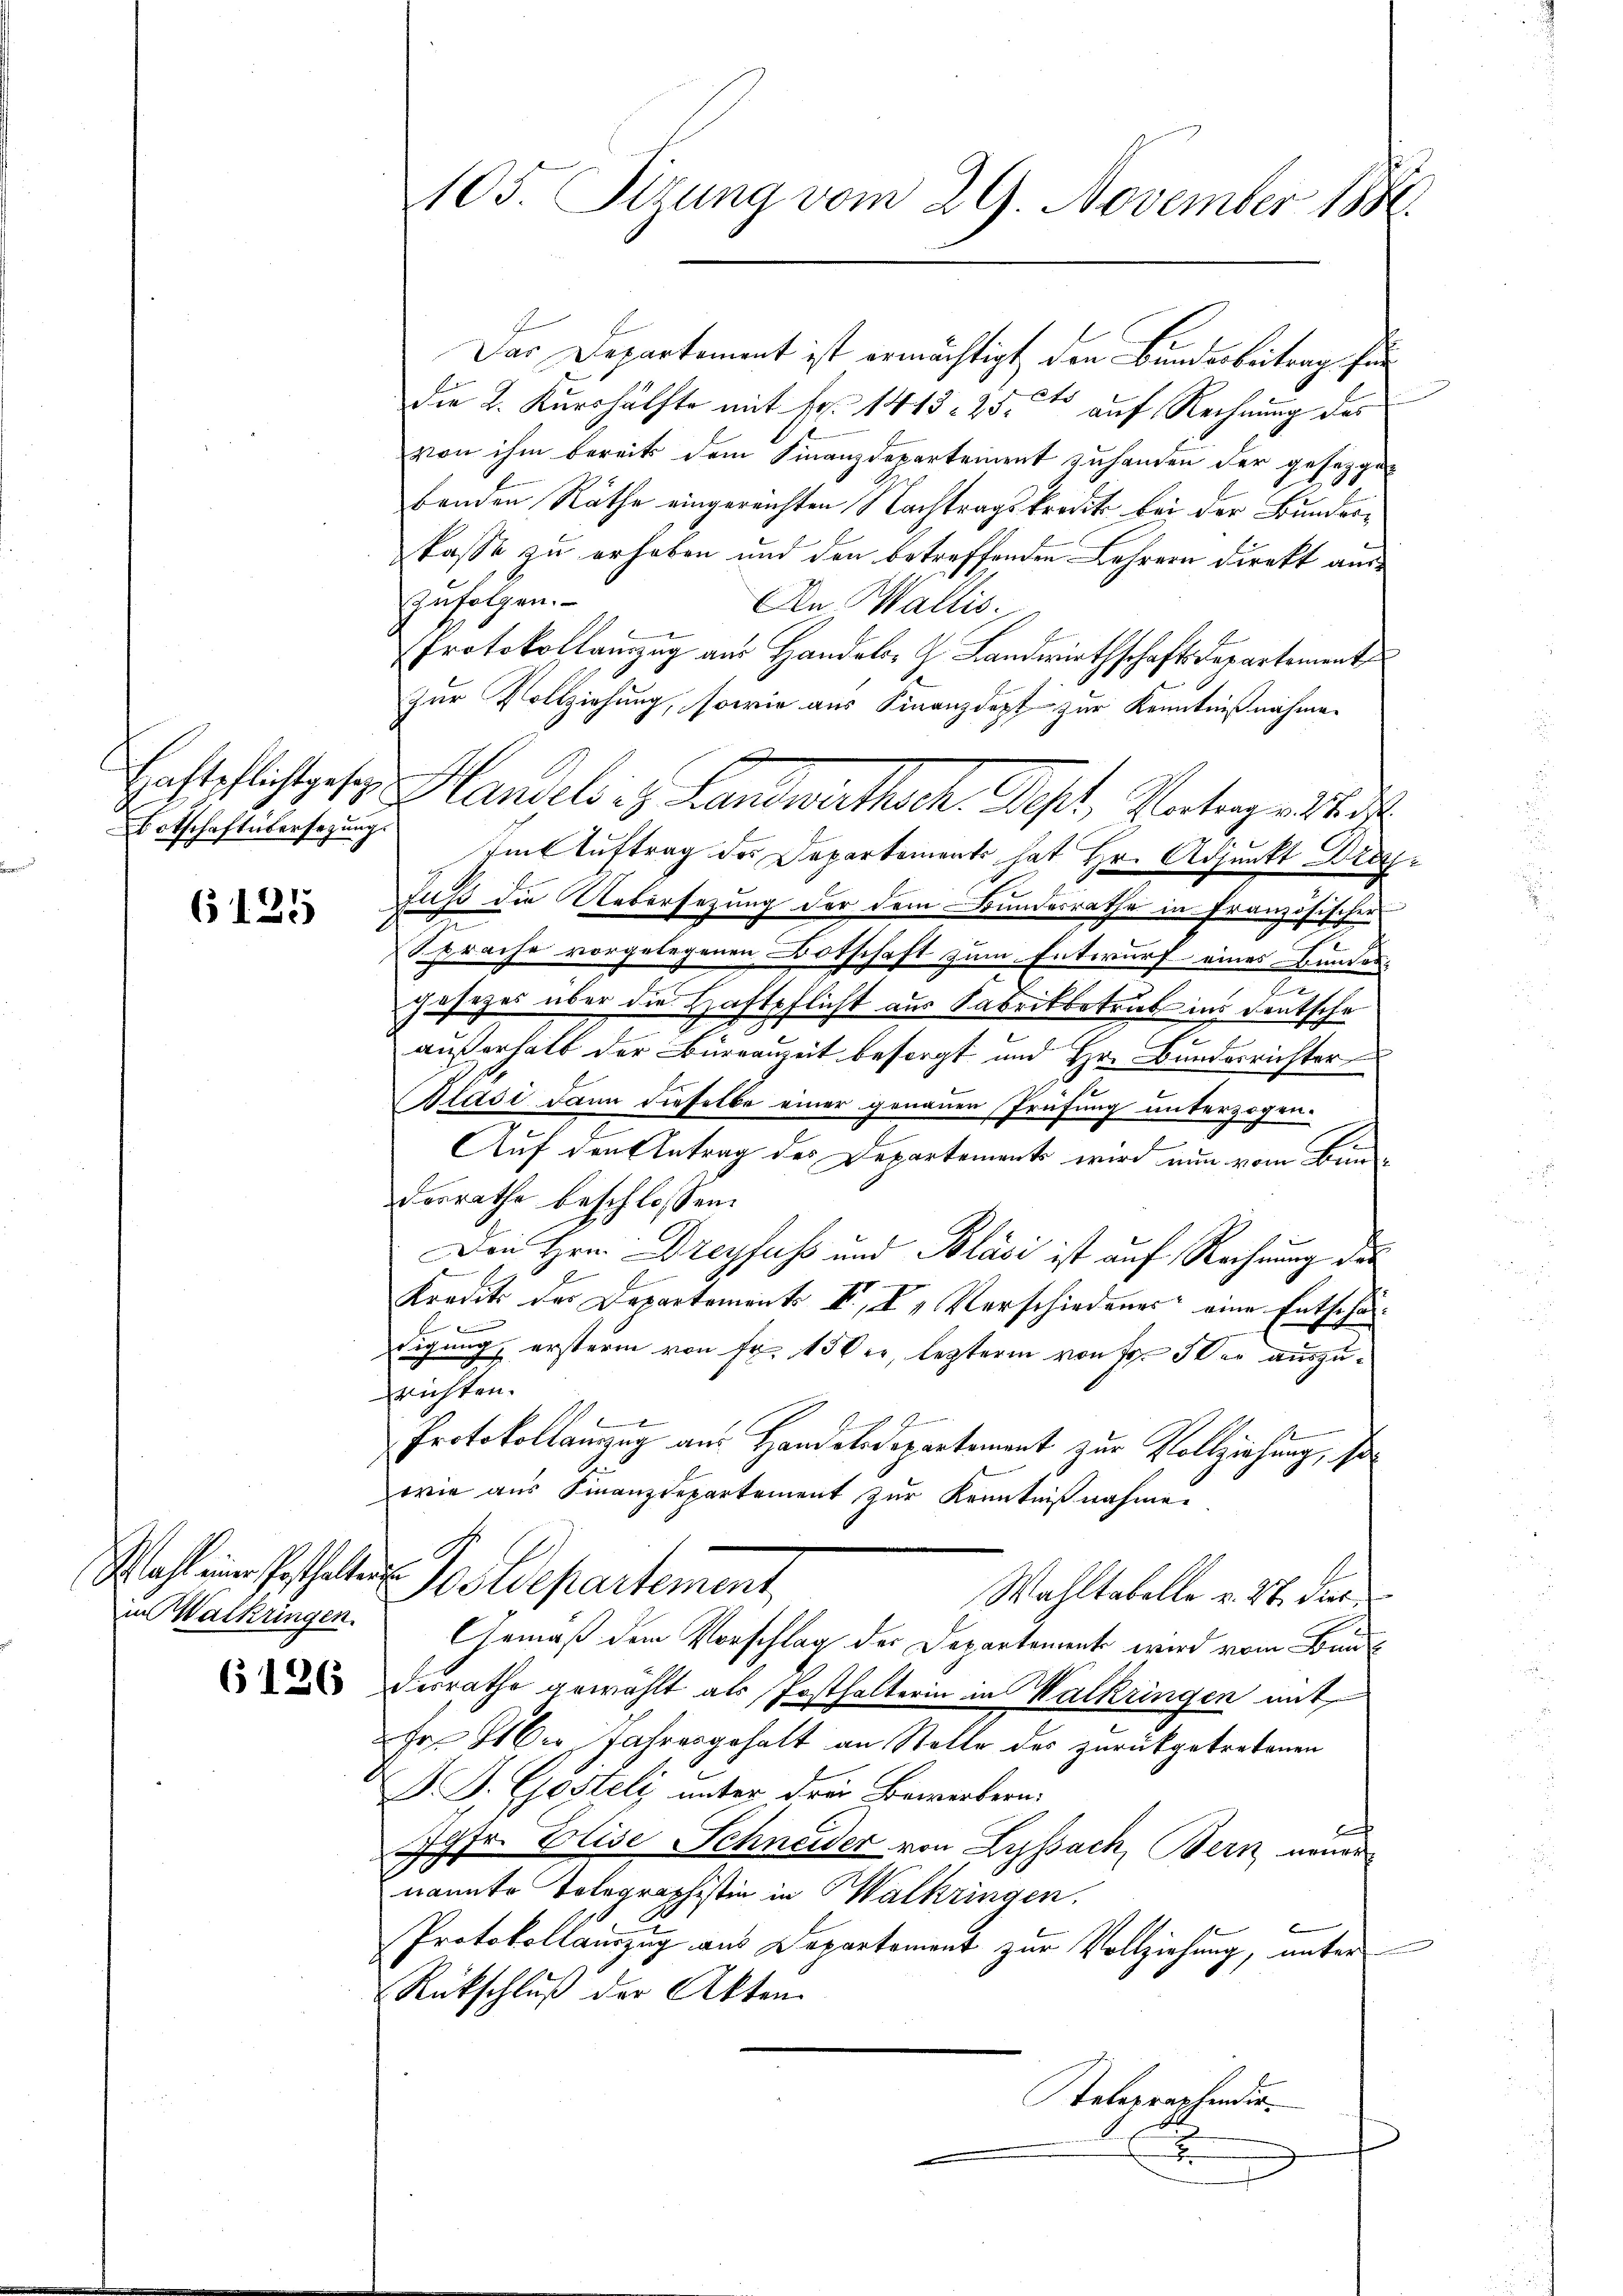
Haftpflichtgesetz
Botschaft übersezungs

6125

in Walkringen.

6126

1

e
d

105. Sizung vom 29. November 1881.

Das Departement ist ermächtigt, den Bundesbeitrag für
die 2. Kurshälfte mit Fr. 1413. 25 t auf Rechnung des
von ihm bereits dem Finanzdepartement zu handen der gesetzgebenden Räthe eingereichten Nachtragskredit bei der Bundeskasse zu erhoben und den betreffenden Lehrern direkt auszufolgen.
An Wallis.

Protokollauszug aus Handels- J. Landwirthschaftsdepartement
zur Vollziehung, sowie aus Finanzdept zur Kenntnißnahme.
tit Auftrag des Departements hat Hr. Adjunkt Drufuß die Uebersezung der dem Bundesrathe in Französischer
Sprache vorgelegenen Botschaft zum Entwurf eines Bundes-
gesezes über die Haftpflicht aus Fabrikbetrieb ins Deutsche
außerhalb der Büreauzeit besorgt und Hr. Bundesrichter
Blasi dann dieselbe einer genauen Prüfung unterzogen.
.
Auf den Antrag des Departements wird nun vom Bundesrathe beschlossen:
Den Hrn. Dreyfuss und Blasi ist auf Rechnung des
Kredit der Departements II. In Verschiedenes eine Entschädigung, ersterm von Fr. 150 er, letzterm von Fr. 5 der auszurichten.
.
Protokollanzug aus Handelndepartement zur Vollziehung, sowie aus Finanzdepartement zur Kenntnißnahmen
.
Wahl einer Posthalten Postdepartement
Wahltabelle v. 27. dur
Gemäß dem Vorschlag der Departement wird vom Bun
desrathe gewählt als Posthalterin in Walkringen mit
fr. Aber Jahresgehalt an Stelle des zurückgetretenen
D. J. Gesteli unter drei Bewerkern.
Jgfr. Elise Schneider von Lyssach, Bern neuer
nannte Tolegraphistin in Walkringen.
Protokollauszug aus Departement zur Vollziehung, unter
Rückschluß der Akten
Telegraphender.
x
.

Handels s. Landwertheck ist, Vater entlich